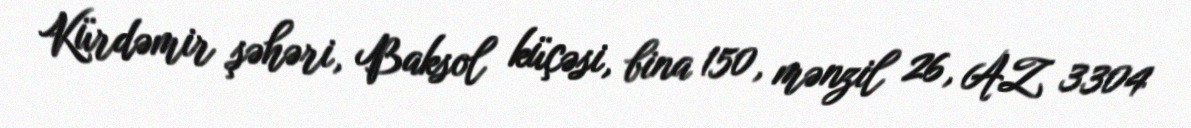
Kürdəmir şəhəri, Baksol küçəsi, bina 150, mənzil 26, AZ 3304